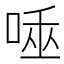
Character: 𠴯